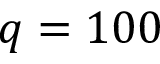
q = 1 0 0